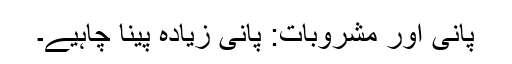
پانی اور مشروبات: پانی زیادہ پینا چاہیے۔